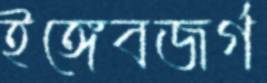
ইঙ্গেবজর্গ